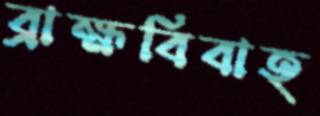
ব্রাহ্মবিবাহ